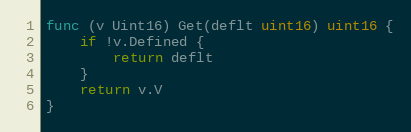
Language: Go
func (v Uint16) Get(deflt uint16) uint16 {
	if !v.Defined {
		return deflt
	}
	return v.V
}